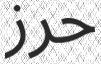
حرز